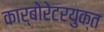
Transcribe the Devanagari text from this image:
कार्बोरेटरयुक्त